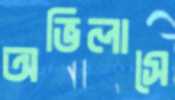
অভিলাসে